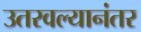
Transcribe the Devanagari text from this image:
उतरवल्यानंतर